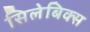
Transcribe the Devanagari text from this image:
सिलेबिक्स